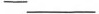
-___